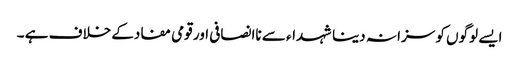
ایسے لوگوں کو سزا نہ دینا شہداء سے ناانصافی اور قومی مفادکے خلاف ہے ۔